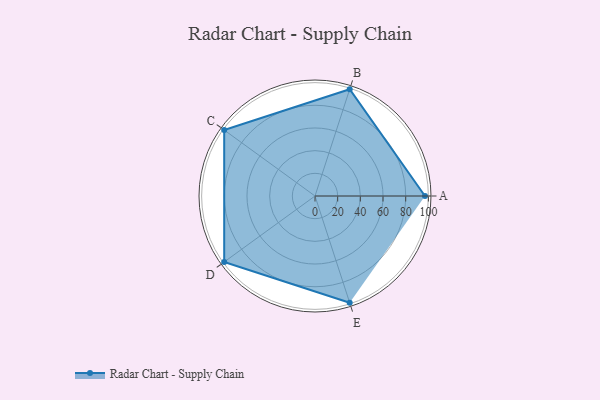
{"axis": {"x": "Skill", "y": "Score"}, "legend": ["Profile"], "data": [{"x": "A", "y": 97.0, "type": "Profile"}, {"x": "B", "y": 99, "type": "Profile"}, {"x": "C", "y": 99, "type": "Profile"}, {"x": "D", "y": 99, "type": "Profile"}, {"x": "E", "y": 99, "type": "Profile"}]}